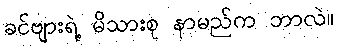
ခင်ဗျားရဲ့ မိသားစု နာမည်က ဘာလဲ။